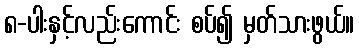
၈-ပါးနှင့်လည်းကောင်း စပ်၍ မှတ်သားဖွယ်။